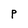
Character: P